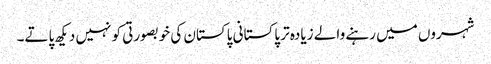
شہروں میں رہنے والے زیادہ تر پاکستانی پاکستان کی خوبصورتی کو نہیں دیکھ پاتے۔